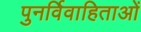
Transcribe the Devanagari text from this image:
पुनर्विवाहिताओं